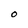
Character: O